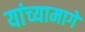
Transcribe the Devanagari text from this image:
यांच्यामागे